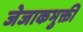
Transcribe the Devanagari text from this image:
जेजाकभुक्ती